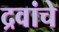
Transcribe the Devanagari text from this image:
द्रवांचे